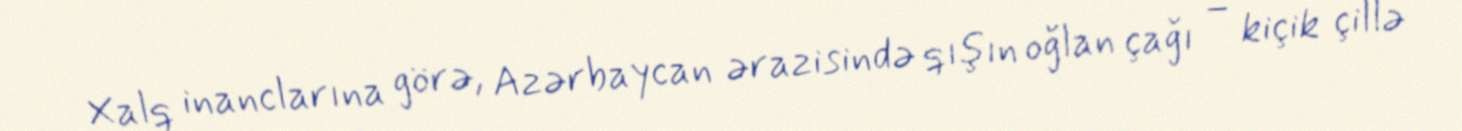
Xalq inanclarına görə, Azərbaycan ərazisində qışın oğlan çağı – kiçik çillə